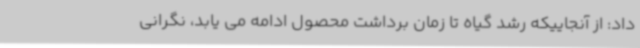
داد: از آنجاییکه رشد گیاه تا زمان برداشت محصول ادامه می یابد، نگرانی